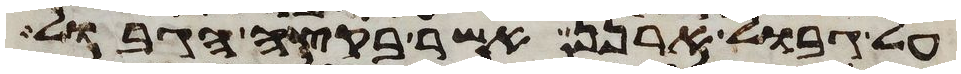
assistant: על גבול ארנן אשר בקצה הגבול